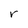
Character: r